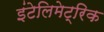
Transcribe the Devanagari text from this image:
इंटेलिमेट्रिक